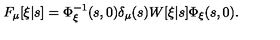
F _ { \mu } [ \xi | s ] = \Phi _ { \xi } ^ { - 1 } ( s , 0 ) \delta _ { \mu } ( s ) W [ \xi | s ] \Phi _ { \xi } ( s , 0 ) .